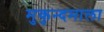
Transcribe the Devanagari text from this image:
मुकुन्दमाला